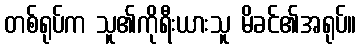
တစ်ရုပ်က သူ၏ကိုရီးယားသူ မိခင်၏အရုပ်။